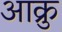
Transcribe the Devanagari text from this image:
आक्रु